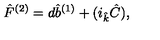
{ \hat { F } } ^ { ( 2 ) } = d { \hat { b } } ^ { ( 1 ) } + ( i _ { \hat { k } } { \hat { C } } ) ,